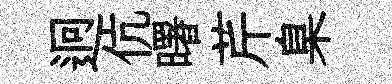
迥伉曙芹臬